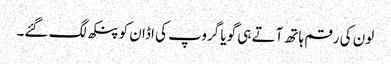
لون کی رقم ہاتھ آتے ہی گویا گروپ کی اڈان کو پنکھ لگ گئے۔